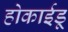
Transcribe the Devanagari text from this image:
होकाईडू